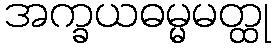
အက္ခယဓမ္မမတ္ထု